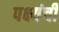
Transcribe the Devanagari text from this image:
पक्ष्यंची